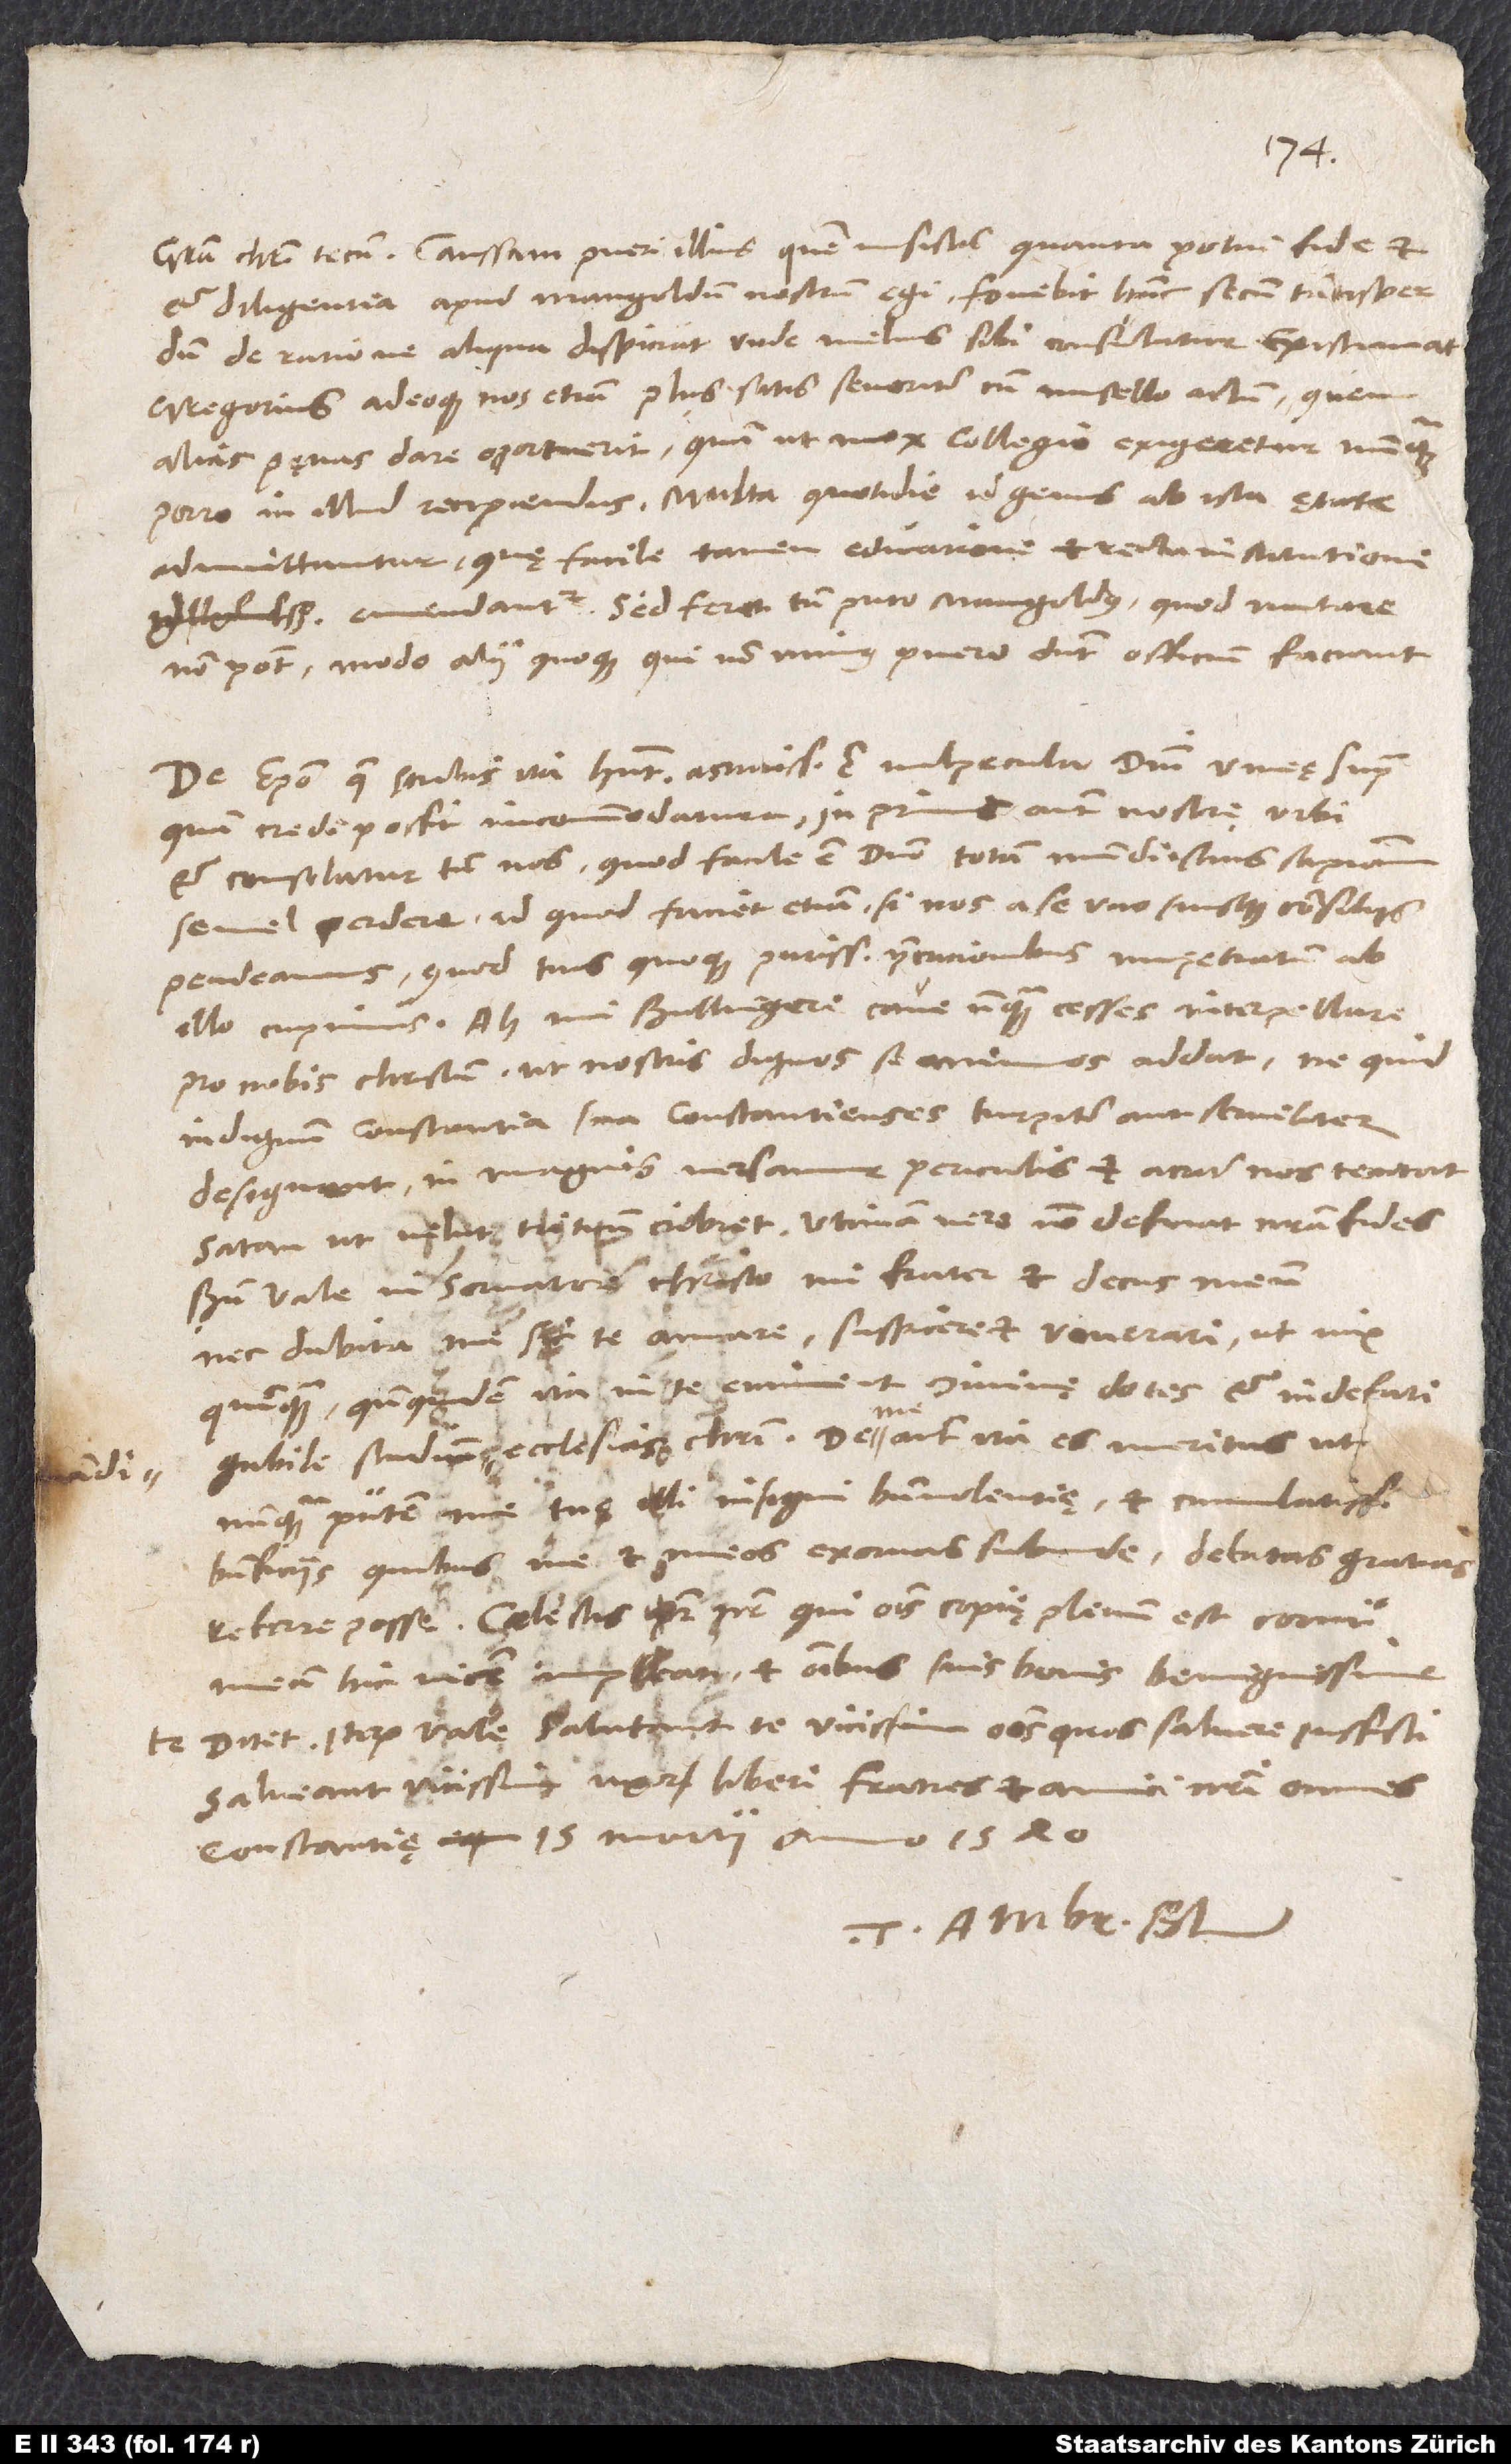
et diligentia apud Mangoldum nostrum egi. Fovebit hunc secum tantisper,
dum de ratione aliqua dispiciat, unde melius sibi consulatur. Existimat
Gregorius adeoque nos etiam plus satis severiter cum misello actum, quem
alias pęnas dare oportuerit, quam ut mox collegio exigeretur nunquam
admittuntur, quę facile tamen educatione et recta institutione
emendantur. Sed feret tamen, puto, Mangoldus, quod mutare
non potest, modo alii quoque, qui non minus puero debent, officium faciant.
De episcopo, quę scribis, ita habent. Astutissima est vulpecula domini vineę supra,
quam credi possit, incommodatura, inprimis autem nostrę urbi,
et consolatur tamen nos, quod facile est domino totam mundi istius sapientiam
semel perdere, id quod faciet etiam, si nos a se uno suisque consiliis
pendeamus, quod tuis quoque purissimis precationibus impetratum ab
illo cupimus. Ah, mi Bullingere, cave, unquam cesses interpellare
pro nobis Christum, ut nostris dignos se animos addat, ne quid
indignum constantia sua Constantienses turpiter aut serviliter
designent. In magnis versamur periculis et acriter nos tentat
satan, ut velut triticum cribret. Utinam vero non desinat nostra fides!
Bene vale in servatore Christo, mi frater et decus meum,
nec dubita me sic te amare, suspicere et venerari ut vix
quemquam, quandoquidem ita in te eminent divinę dotes et indefatigabile
studium iuvandi ecclesias Christi. De me autem ita es meritus, ut
nunquam putem me tuę illi insigni benevolentię et cumulatissimis
beneficiis, quibus me et meos exornas subinde, debitas gratias
referre posse. Coelestis pater, qui omnis copię plenum est cornu,
meam hic vicem impleat et omnibus suis bonis benignissime
Iterum vale. Salutant te vicissim omnes, quos salvere iussisti.
Salveant vicissim uxor, liberi, fratres et amici nostri omnes.
Constantię, 15. martii anno 1540
Tuus Ambr. Bl.